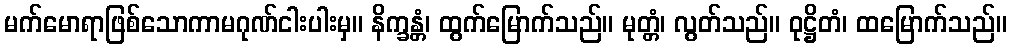
မက်မောရာဖြစ်သောကာမဂုဏ်ငါးပါးမှ။ နိက္ခန္တံ၊ ထွက်မြောက်သည်။ မုတ္တံ၊ လွတ်သည်။ ဝုဋ္ဌိတံ၊ ထမြောက်သည်။